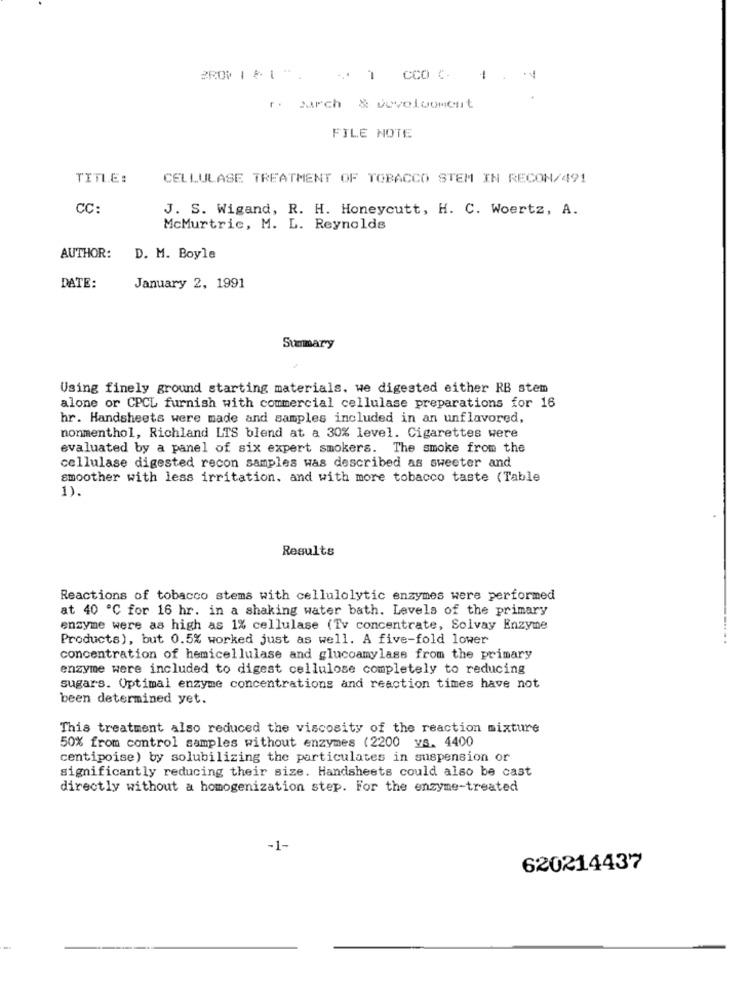
-
r. parch & devoluoment
FILE NOTE
TITLE:
CELLULASE TREATMENT OF TOBACCO STEM IN RECON/491
CC:
J. S. Wigand, R. H. Honeycutt, H. C. Woertz, A.
McMurtric, M. L. Reynolds
AUTHOR:
D. M. Boyle
DATE:
January 2, 1991
Summary
Using finely ground starting materials. we digested either RB stem
alone or CPCL furnish with commercial cellulase preparations for 16
hr. Handsheets were made and samples included in an unflavored,
nonmenthol, Richland LTS blend at a 30% level. Cigarettes were
evaluated by a panel of six expert smokers. The smoke from the
cellulase digested recon samples was described as sweeter and
smoother with less irritation, and with more tobacco taste (Table
1).
Results
Reactions of tobacco stems with cellulolytic enzymes were performed
at 40 ℃ for 16 hr. in a shaking water bath. Levels of the primary
enzyme were as high as 1% cellulase (Tv concentrate, Solvay Enzyme
Products), but 0.5% worked just as well. A five-fold lower
concentration of hemicellulase and glucoamylase from the primary
enzyme were included to digest cellulose completely to reducing
sugars. Optimal enzyme concentrations and reaction times have not
been determined yet.
This treatment also reduced the viscosity of the reaction mixture
50% from control samples without enzymes (2200 vs. 4400
centipoise) by solubilizing the particulates in suspension or
significantly reducing their size. Handsheets could also be cast
directly without a homogenization step. For the enzyme-treated
-1-
620214437